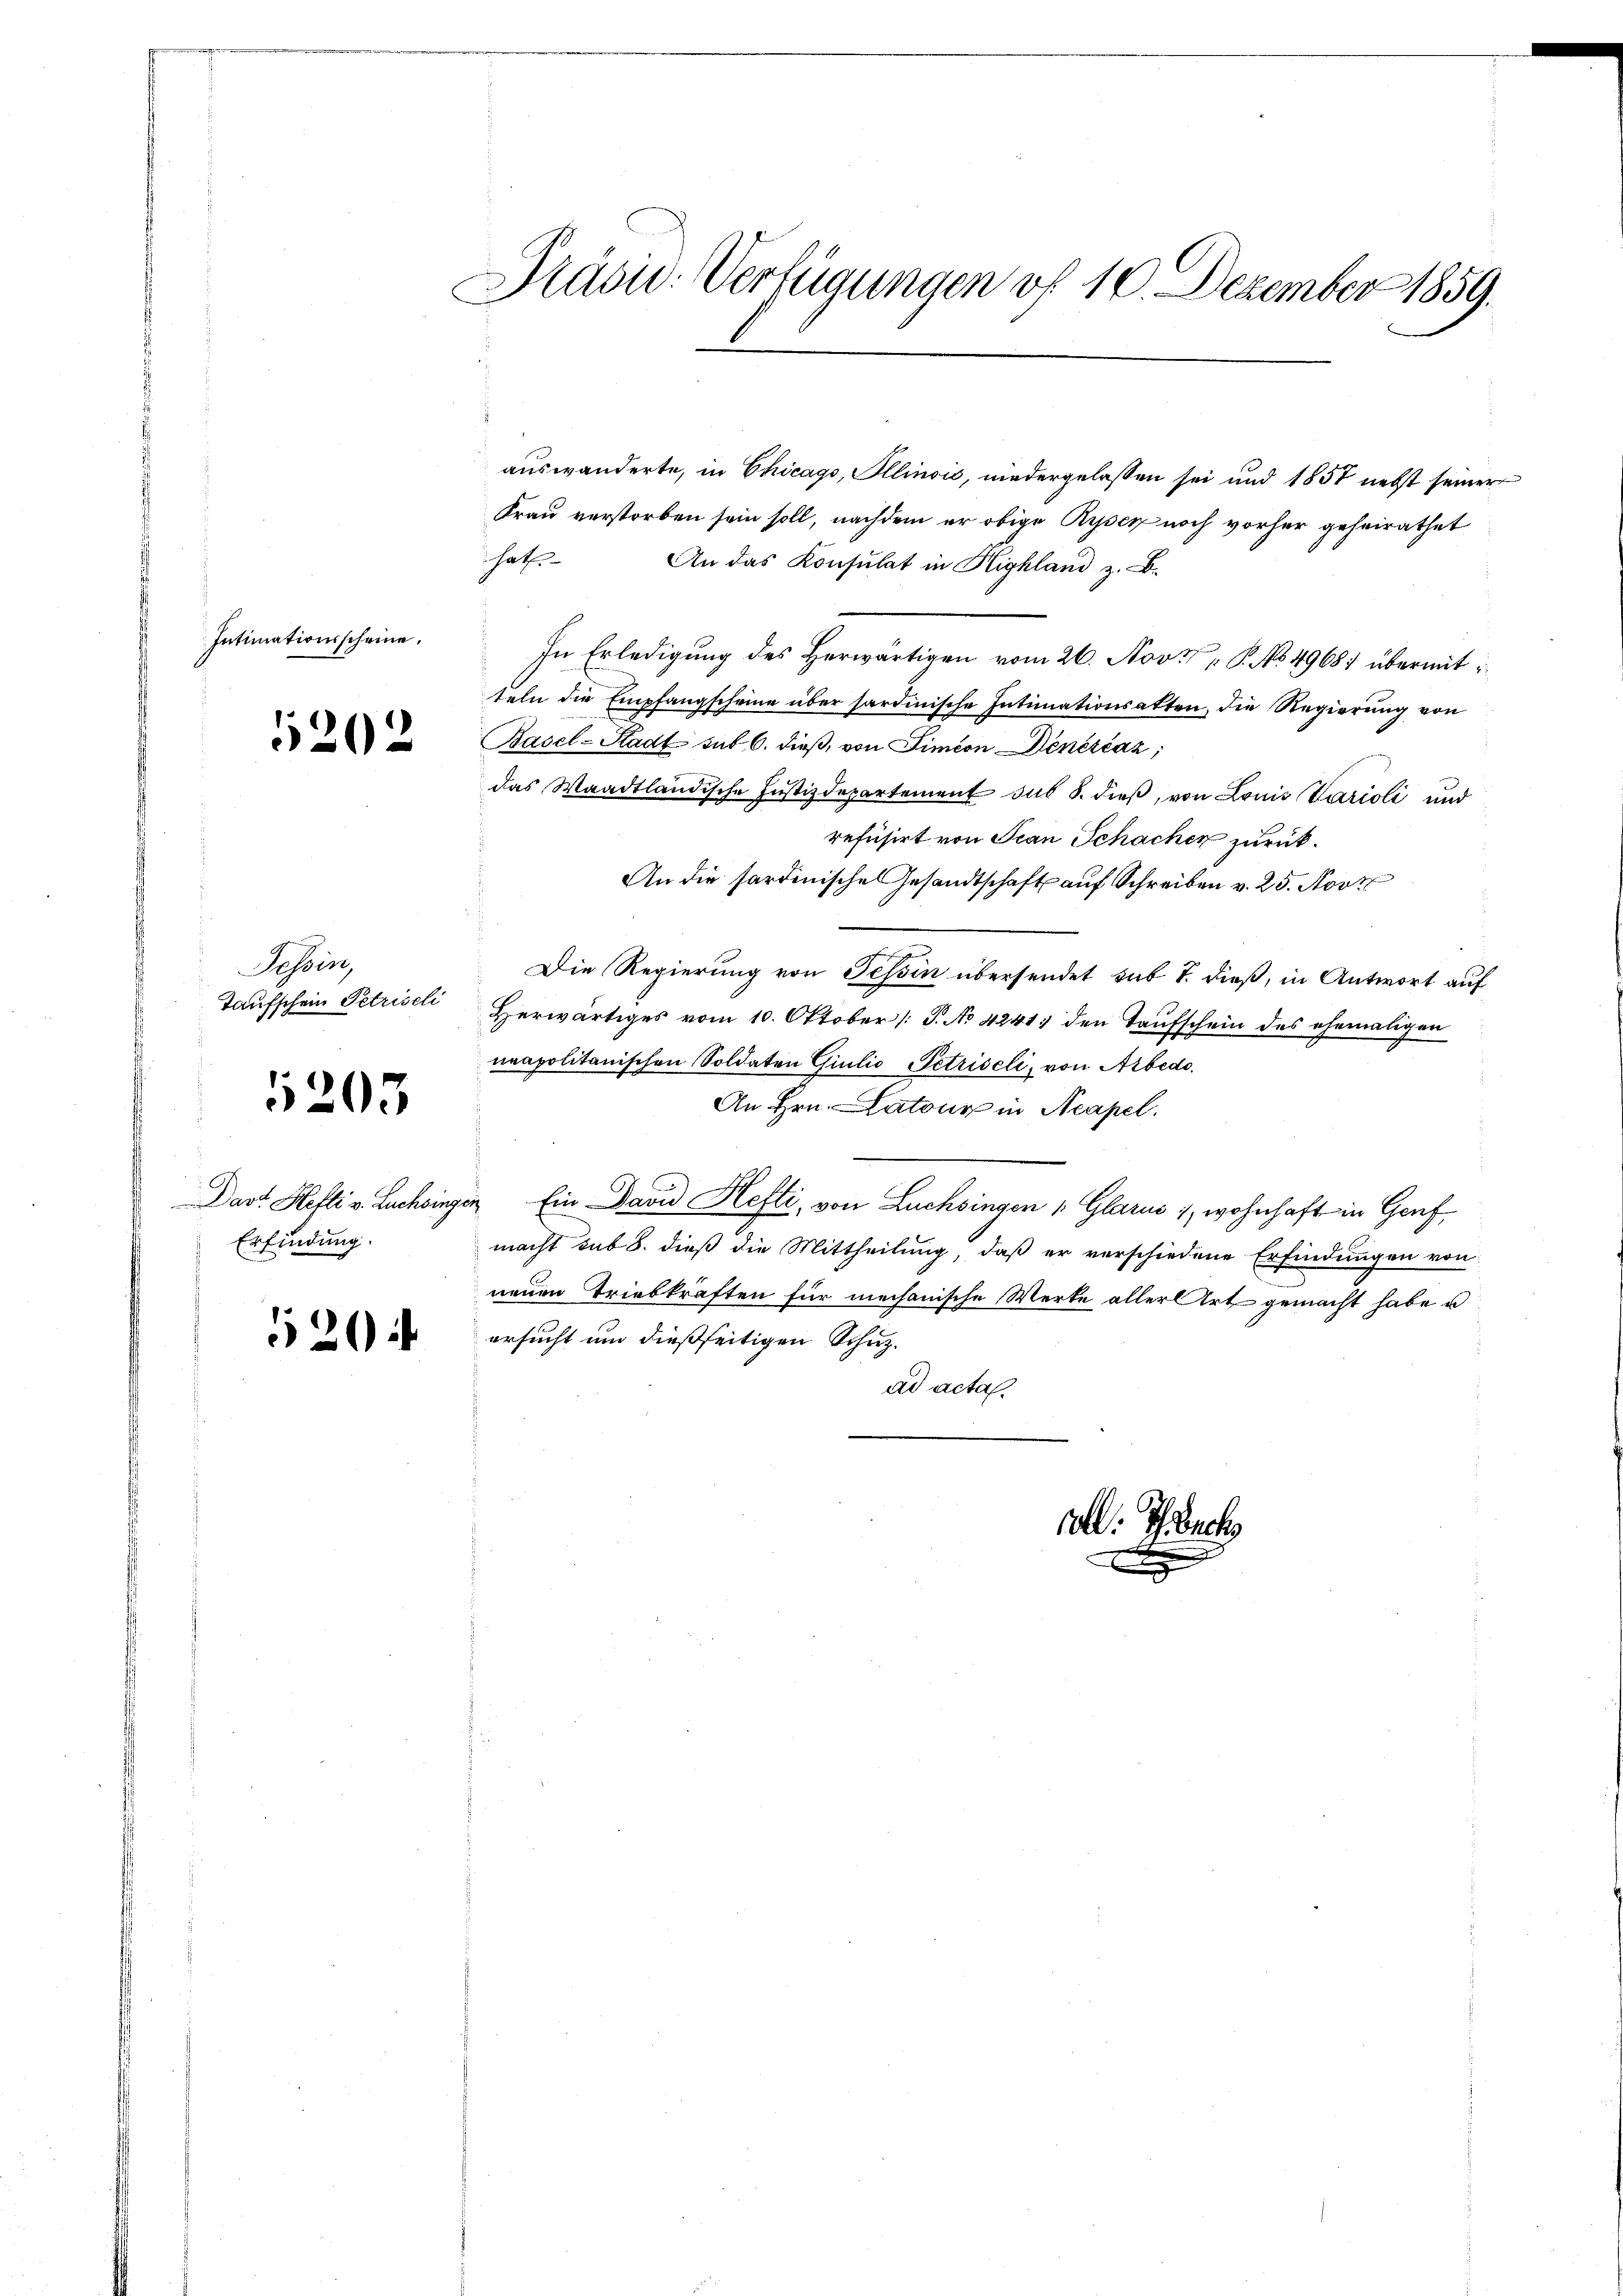
Intimationsscheine.

5202

Tessin,

1203

Erfindung.

520

Präsi- Verfügungen vf 16. Dezember 1859.

auswanderte, in Chicago, Illinoić, niedergelassen sei und 1851 nebst seiner
Frau verstorben sein soll, nachdem er obige Ryser noch vorher geheirathet
hat. An das Konsulat in Highland z. B.
In Erledigung des Herwärtigen vom 26. Nov. P. No 49687 übermitteln die Empfangscheine über sardinische Intimationsatten, die Regierung von
Basel-Stadt sub 6. dieß, von Simeon Dinérčaz;
das Waadtländische Justizdepartement sub 8. dieß, von Louis Parioli und
refüsirt von Scan Schacher zurück.
An die sardinische Gesandtschaft auf Schreiben v. 25. Nove
Die Regierung von Tessin übersendet sub T. dieß, in Antwort auf
Taufschein Petrisel herwärtiges vom 10. Oktober /: P. No 4241 den Taufschein des ehemaligen
neapolitanischen Soldaten Giulio Petriseli, von Arbedo.
An Hrn. Latour in Acapel.
Dast Hefti v. Luchingen Ein David Hefti, von Lüchsingen 1 Glarus 1, wohnhaft in Genf
macht sub 8. dieß die Mittheilung, daß er verschiedene Erfindungen von
neuen Triebkraften für mechanische Werke aller Art gemacht habe u
ersucht um dießseitigen Schutzad acta.
all. Sch

x